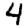
Digit: 4